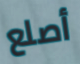
أصلع